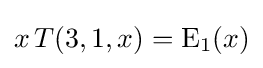
x\,T(3,1,x)=\mathrm {E} _{1}(x)